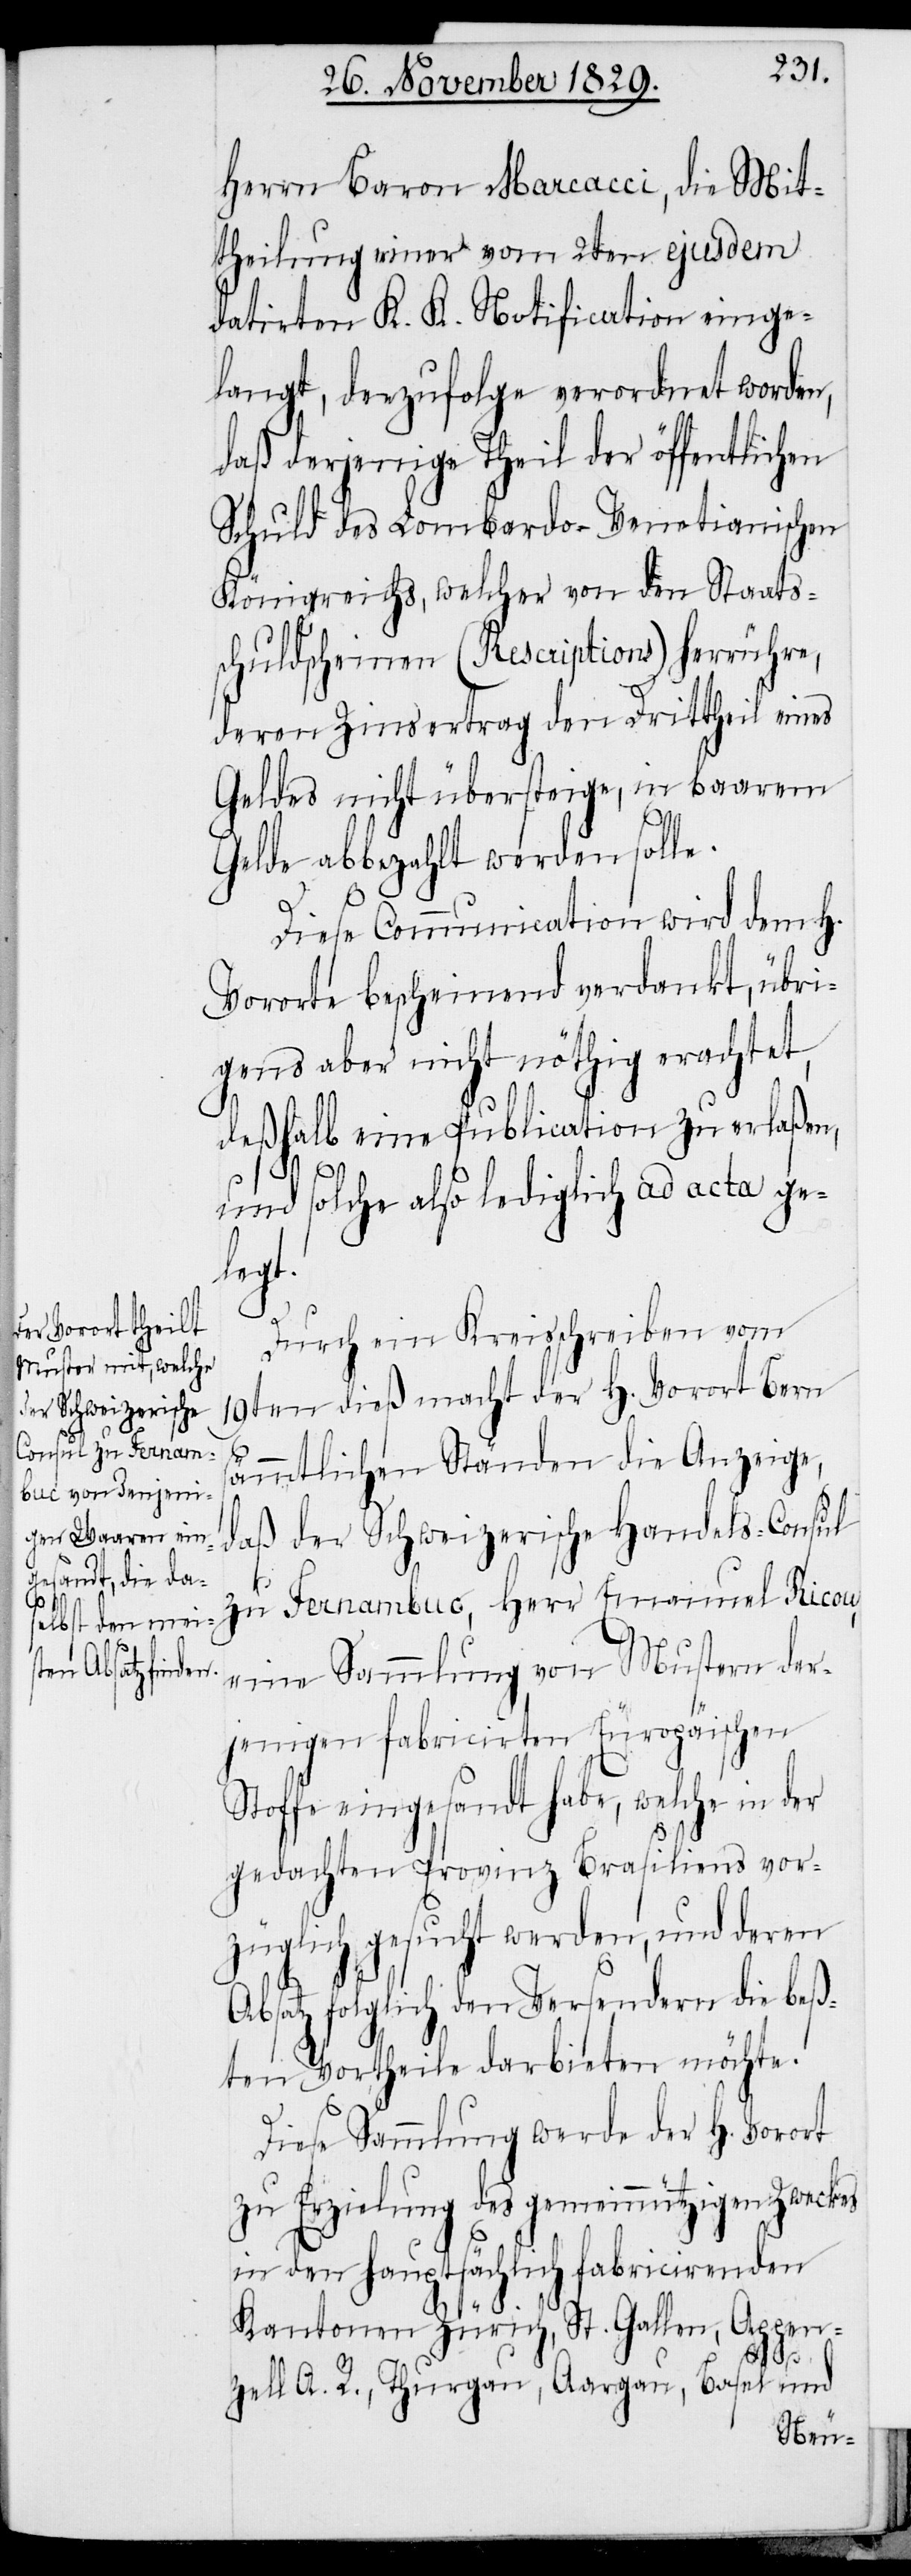
Herrn Baron Marcacci, die Mit¬
theilung einer vom 2ten ejusdem
datirten K. K. Notification einge¬
langt, derzufolge verordnet worden,
daß derjenige Theil der öffentlichen
Schuld des Lombardo-Venetianischen
Königreichs, welcher von den Staats¬
schuldscheinen (Rescription) herrühre,
deren Zinsertrag den Drittheil eines
Geldes nicht übersteige, in baarem
Gelde abbezahlt werden solle.
Diese Communication wird dem H.
Vororte bescheinend verdankt, übri¬
gens aber nicht nöthig erachtet,
deßhalb eine Publication zu erlaßen,
und solche also lediglich ad acta ge¬
legt.
Durch ein Kreisschreiben vom
19ten dieß macht der H. Vorort Bern
sämmtlichen Ständen die Anzeige,
daß der Schweizerische Handels-Consul
zu Fernambuc, Herr Emanuel Ricou,
eine Sammlung von Mustern der¬
jenigen fabricirten Europäischen
Stoffe eingesandt habe, welche in der
gedachten Provinz Brasiliens vor¬
züglich gesucht werden, und deren
Absatz folglich den Versendern die beß¬
ten Vortheile darbieten möchte.
Diese Sammlung werde der H. Vorort
zu Erzielung des gemeinnützigen Zweckes
in den hauptsächlich fabricirenden
Kantonen Zürich, St. Gallen, Appen¬
zell A. R., Thurgau, Aargau, Basel und